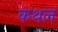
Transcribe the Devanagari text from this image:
कथल